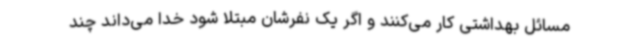
مسائل بهداشتی کار می‌کنند و اگر یک نفرشان مبتلا شود خدا می‌داند چند